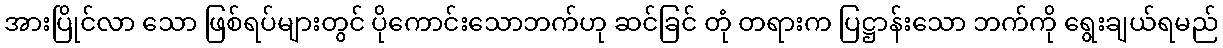
အားပြိုင်လာ သော ဖြစ်ရပ်များတွင် ပိုကောင်းသောဘက်ဟု ဆင်ခြင် တုံ တရားက ပြဋ္ဌာန်းသော ဘက်ကို ရွေးချယ်ရမည်